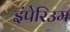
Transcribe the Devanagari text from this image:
इंपेरिउम